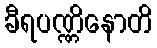
ခီရပဏ္ဏိနောတိ